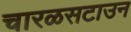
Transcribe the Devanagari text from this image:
चारळसटाउन